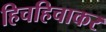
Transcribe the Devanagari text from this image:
हिचहिचाकर